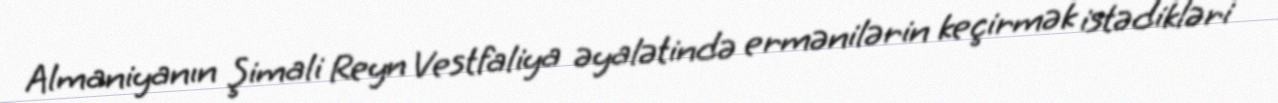
Almaniyanın Şimali Reyn Vestfaliya əyalətində ermənilərin keçirmək istədikləri